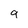
Character: g